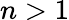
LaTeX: n>1